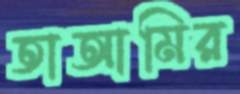
তাআমির